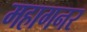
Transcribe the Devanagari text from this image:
महागनर